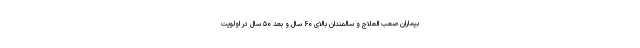
بیماران صعب العلاج و سالمندان بالای ۶۰ سال و بعد ۵۰ سال در اولویت‌